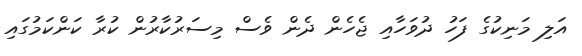
އަލި މަނިކުގެ ފަހު ދުވަހާއި ޖެހެން ދެން ވެސް މިސަރުކާރުން ކުރާ ކަންކަމުގައި